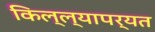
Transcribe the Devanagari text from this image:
किल्ल्यापर्यत